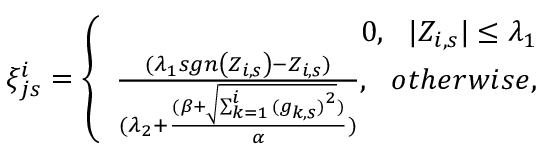
\begin{array} { r } { \xi _ { j s } ^ { i } = \left\{ \begin{array} { r } { 0 , \ \ | Z _ { i , s } | \leq \lambda _ { 1 } } \\ { \frac { ( \lambda _ { 1 } s g n \left( Z _ { i , s } \right) - Z _ { i , s } ) } { ( \lambda _ { 2 } + \frac { ( \beta + \sqrt { \sum _ { k = 1 } ^ { i } { ( g _ { k , s } ) } ^ { 2 } } ) } { \alpha } ) } , \ \ o t h e r w i s e , } \end{array} \right. } \end{array}